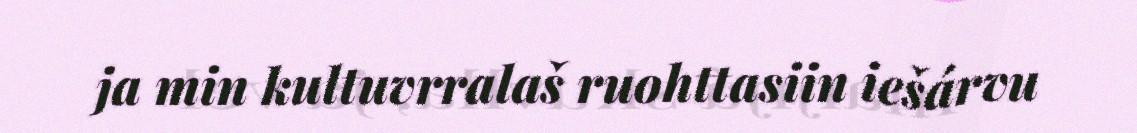
ja min kultuvrralaš ruohttasiin iešárvu